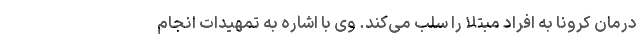
درمان کرونا به افراد مبتلا را سلب می‌کند. وی با اشاره به تمهیدات انجام